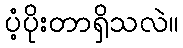
ပံ့ပိုးတာရှိသလဲ။